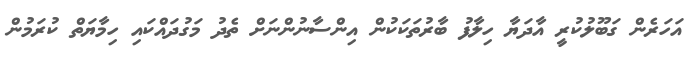
އަހަރެން ގަބޫލުކުރީ އާދަޔާ ހިލާފު ބާރުތަކަކުން އިންސާނުންނަށް ތެދު މަގުދައްކައި ހިމާޔަތް ކުރަމުން